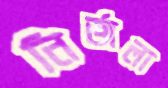
নির্জলা